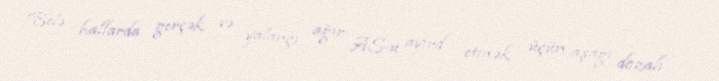
Belə hallarda gerçək və yalançı ağır AS-u ayırd etmək üçün aşağı dozalı